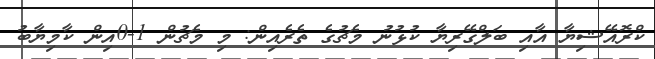
ކްރޮއޭޝިޔާ އާއި ބަލްގޭރިޔާ ކުޅުނު މެޗުގެ ތެރެއިން: މި މެޗުން 1-0އިން ކާމިޔާބު